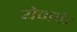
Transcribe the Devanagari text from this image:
येनके